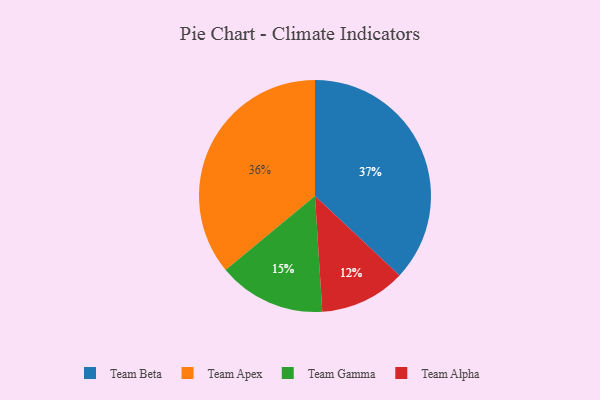
{"axis": {"x": "Category", "y": "Percentage"}, "legend": ["Team Alpha", "Team Apex", "Team Beta", "Team Gamma"], "data": [{"x": "Team Gamma", "y": 15, "type": "Team Gamma"}, {"x": "Team Beta", "y": 37, "type": "Team Beta"}, {"x": "Team Apex", "y": 36, "type": "Team Apex"}, {"x": "Team Alpha", "y": 12, "type": "Team Alpha"}]}